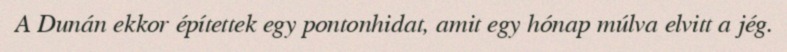
A Dunán ekkor építettek egy pontonhidat, amit egy hónap múlva elvitt a jég.